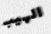
الهيب